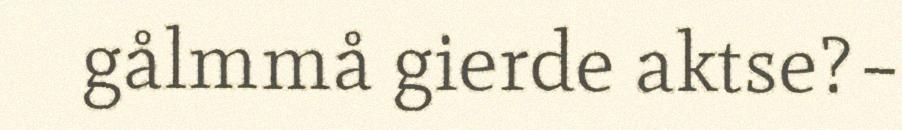
gålmmå gierde aktse?–